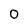
Character: 0